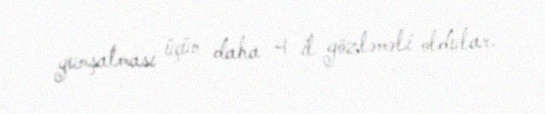
yumşalması üçün daha 4 il gözləməli oldular.